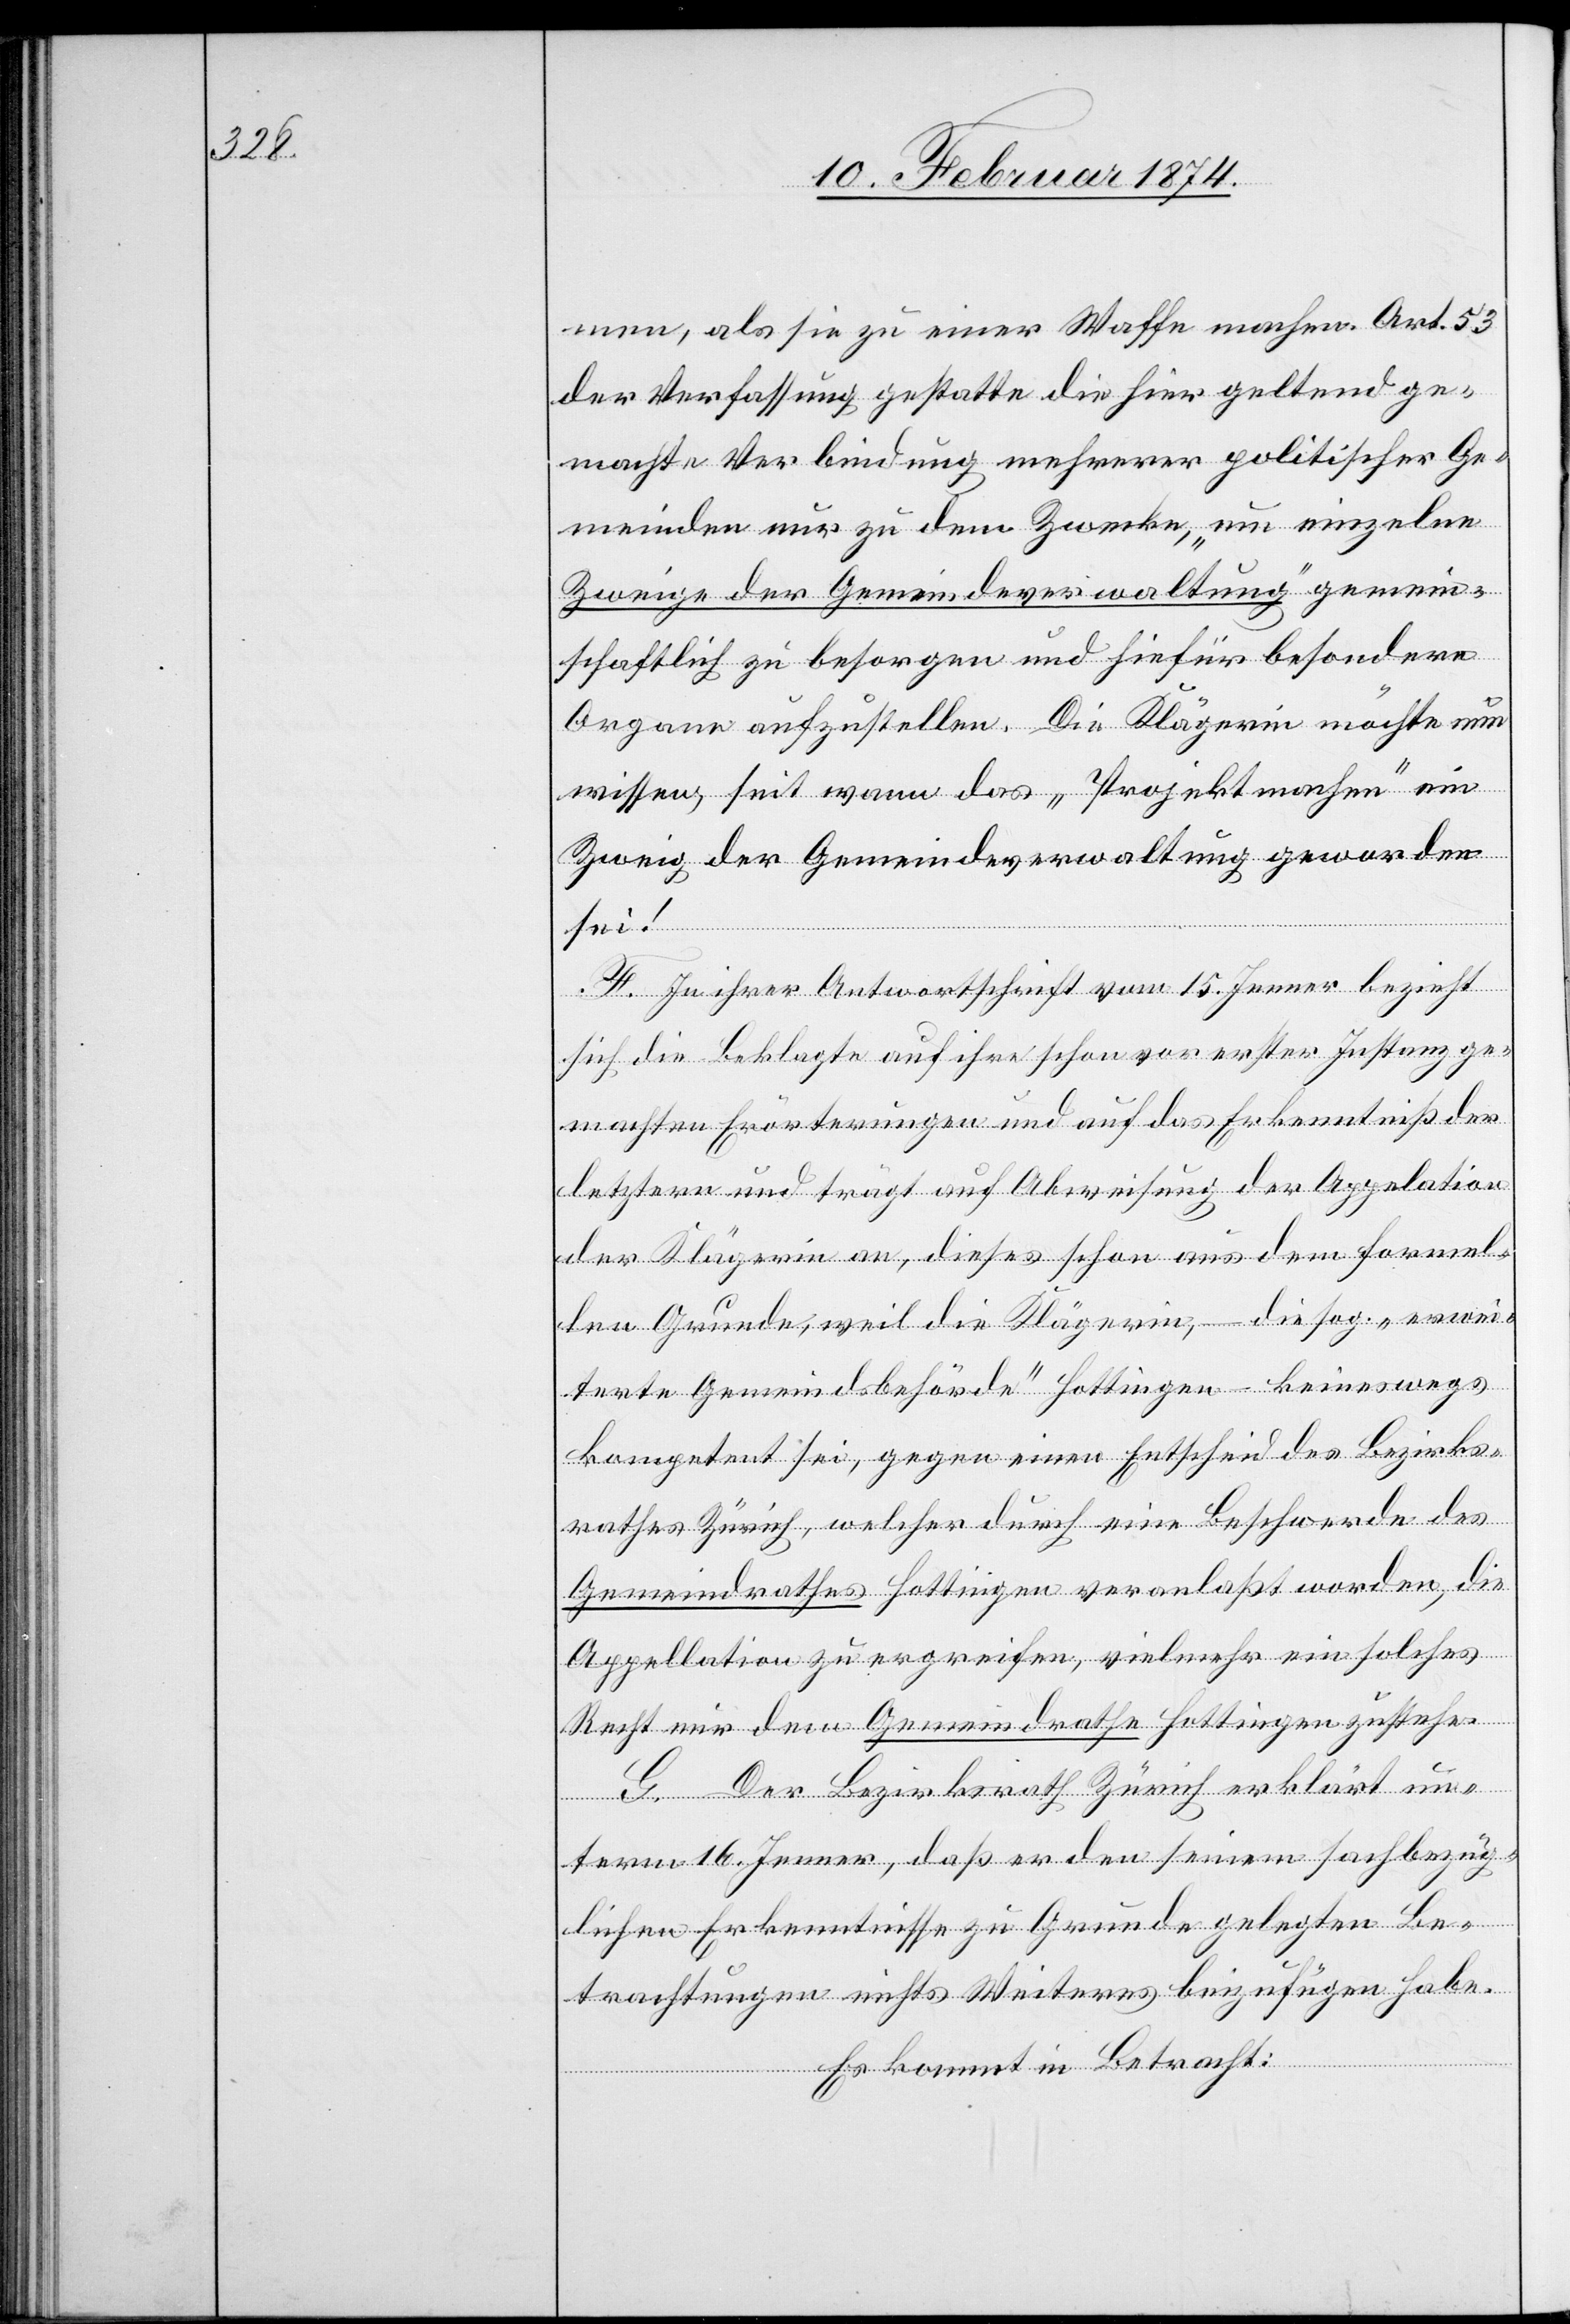
men, als sie zu einer Waffe machen. Art. 53
der Verfassung gestatte die hier geltend ge¬
machte Verbindung mehrerer politischer Ge¬
meinden nur zu dem Zwecke, „um einzelne
Zweige der Gemeindeverwaltung“ gemein¬
schaftlich zu besorgen und hiefür besondere
Organe aufzustellen. Die Klägerin möchte nun
wissen, seit wann das „Projekt machen“ ein
Zweig der Gemeindeverwaltung geworden
sei!
F. In ihrer Antwortschrift vom 15. Jenner bezieht
sich die Beklagte auf ihre schon vor erster Instanz ge¬
machten Erörterungen und auf das Erkenntniß der
letztern und trägt auf Abweisung der Appelation
der Klägerin an, dieses schon aus dem formel¬
len Grunde, weil die Klägerin, – die sog. „erwei¬
terte Gemeindsbehörde“ Hottingen – keineswegs
kompetent sei, gegen einen Entscheid des Bezirks¬
rathes Zürich, welcher durch eine Beschwerde des
Gemeindrathes Hottingen veranlaßt worden, die
Appellation zu ergreifen, vielmehr ein solches
Recht nur dem Gemeindrathe Hottingen zustehe.
G. Der Bezirksrath Zürich erklärt un¬
term 16. Jenner, daß er den seinem sachbezüg¬
lichen Erkenntnisse zu Grunde gelegten Be¬
trachtungen nichts Weiteres beizufügen habe.
Es kommt in Betracht: